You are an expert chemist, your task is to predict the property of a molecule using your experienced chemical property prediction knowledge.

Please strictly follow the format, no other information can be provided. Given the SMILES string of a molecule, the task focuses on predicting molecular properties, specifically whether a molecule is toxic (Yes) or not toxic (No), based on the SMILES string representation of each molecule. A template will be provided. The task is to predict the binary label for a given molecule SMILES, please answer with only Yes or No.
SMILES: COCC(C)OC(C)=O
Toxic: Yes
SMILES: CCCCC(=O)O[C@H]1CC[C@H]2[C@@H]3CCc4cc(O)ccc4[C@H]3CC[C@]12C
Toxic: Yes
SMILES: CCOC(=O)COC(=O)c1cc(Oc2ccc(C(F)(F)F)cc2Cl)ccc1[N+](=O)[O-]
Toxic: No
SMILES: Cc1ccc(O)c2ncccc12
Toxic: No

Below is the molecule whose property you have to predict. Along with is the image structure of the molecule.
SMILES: CC[C@@H]1C=C(C)C[C@H](C)C[C@H](OC)[C@H]2O[C@@](O)(C(=O)C(=O)N3CCCC[C@H]3C(=O)O[C@H](/C(C)=C/[C@@H]3CC[C@@H](Cl)[C@H](OC)C3)[C@H](C)[C@@H](O)CC1=O)[C@H](C)C[C@@H]2OC
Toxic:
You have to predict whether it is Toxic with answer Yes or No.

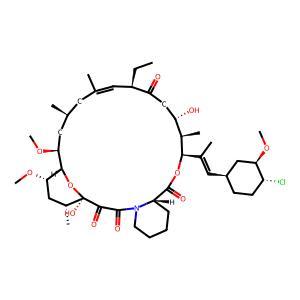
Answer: No